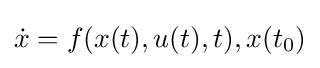
{\dot {x}}=f(x(t),u(t),t),x(t_{0})